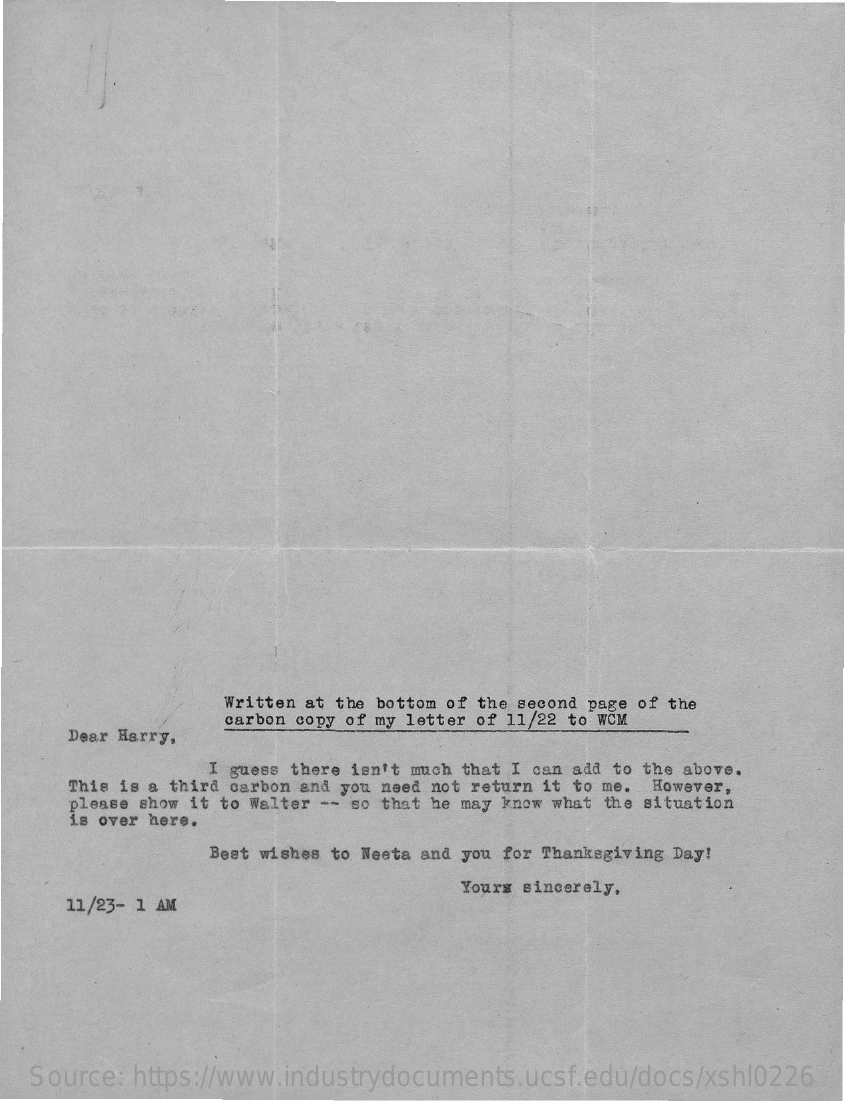
Written at the bottom of the second page of the
     Dear Harry,
     carbon copy of my letter of 11/22 to WCM
     guess there isn't much that I can add to the above.
     This is a third carbon and you need not return it to me. However,
     please show it to Walter -- so that he may know what the situation
     is over here.
     Best wishes to Neeta and you for Thanksgiving Day!
     11/23- 1 AM
     Yours sincerely,
   Source: https://www.industrydocuments.ucsf.edu/docs/xshl0226